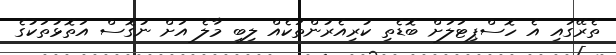
ތެރޭގައި އެ ހޮސްޕިޓަލަށް ބޮޑެތި ކުރިއެރުންތަކެއް ލިބި މާލެ އަށް ނުގޮސް އަތޮޅުތަކުގެ